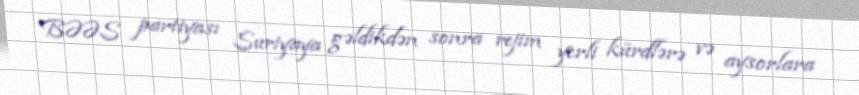
BƏƏS partiyası Suriyaya gəldikdən sonra rejim yerli kürdlərə və aysorlara